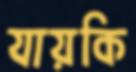
যায়কি